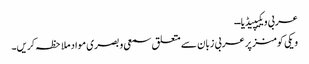
عربی ویکیپیڈیا ــ
ویکی کومنز پر عربی زبان سے متعلق سمعی و بصری مواد ملاحظہ کریں۔